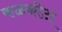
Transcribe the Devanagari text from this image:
कळकोटा